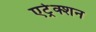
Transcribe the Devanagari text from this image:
एट्रेक्शन